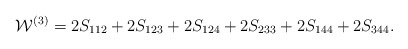
\begin{align*}{\cal W}^{(3)}=2S_{112}+2S_{123}+2S_{124}+2S_{233}+2S_{144}+2S_{344}.\end{align*}